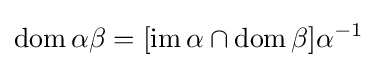
\operatorname {dom} \alpha \beta =[\operatorname {im} \alpha \cap \operatorname {dom} \beta ]\alpha ^{-1}